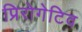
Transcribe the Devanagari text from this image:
प्रिरोगेटिव